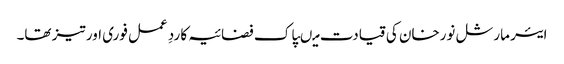
ایئر مارشل نورخان کی قیادت میںپاک فضائیہ کا ردِ عمل فوری اور تیز تھا۔